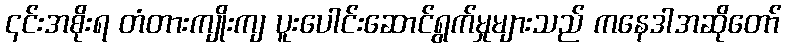
၎င်းအစိုးရ တံတားကျိုးကျ ပူးပေါင်းဆောင်ရွက်မှုများသည် ကနေဒါအဆိုတော်